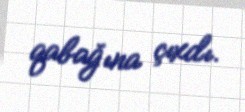
qabağına çıxdı.